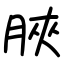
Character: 脥